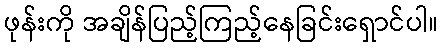
ဖုန်းကို အချိန်ပြည့်ကြည့်နေခြင်းရှောင်ပါ။